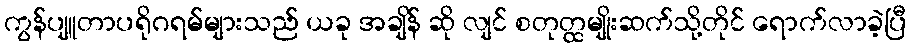
ကွန်ပျူတာပရိုဂရမ်များသည် ယခု အချိန် ဆို လျင် စတုတ္ထမျိုးဆက်သို့တိုင် ရောက်လာခဲ့ပြီ